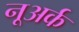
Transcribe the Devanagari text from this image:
नूअर्क